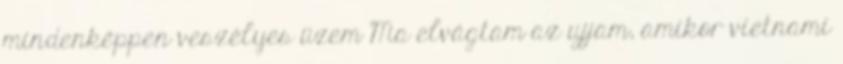
mindenképpen veszélyes üzem Ma elvágtam az ujjam, amikor vietnami